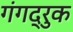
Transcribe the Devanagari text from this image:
गंगद्रुक